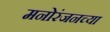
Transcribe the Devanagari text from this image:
मनोरंजनच्या